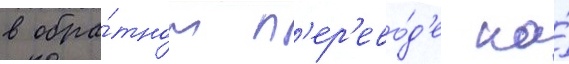
в обра́тном п'ер'ево́д'е на́